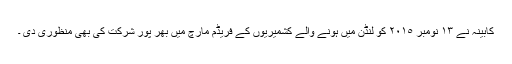
کابینہ نے ١٣ نومبر ٢٠١٥ کو لنڈن میں ہونے والے کشمیریوں کے فریڈم مارچ میں بھر پور شرکت کی بھی منظوری دی ۔